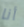
أنا